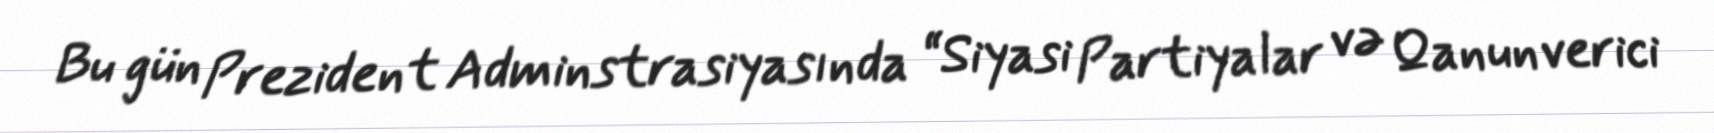
Bu gün Prezident Adminstrasiyasında “Siyasi Partiyalar və Qanunverici